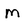
Character: M